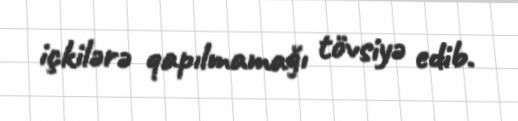
içkilərə qapılmamağı tövsiyə edib.